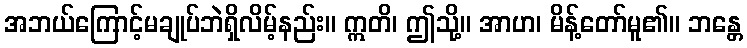
အဘယ်ကြောင့်မချုပ်ဘဲရှိလိမ့်နည်း။ ဣတိ၊ ဤသို့။ အာဟ၊ မိန့်တော်မူ၏။ ဘန္တေ